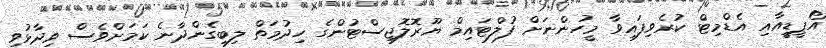
އޯޕީޑީއާއި އެޑްމިޓް ކުރެވިފައިވާ މީހުންނަށް ފުލްޓައިމް ޔޫރޮލޮޖިސްޓުންގެ ހިދުމަތް ލިބިގެންދާނެ ކަމަށްވެސް ވިދާޅުވި